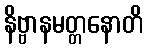
နိဗ္ဗာနမတ္တနောတိ